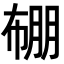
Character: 𭘯